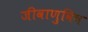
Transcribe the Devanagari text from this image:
जीवाणुविष